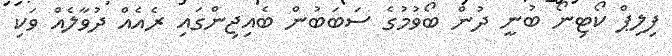
ފިލިޕް ކޯޓިނޯ ބުނީ ދުން ބޯވުމުގެ ސަބަބުން ބެއިޖިންގައި ރެއެއް ދުވާލެއް ވަކި